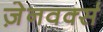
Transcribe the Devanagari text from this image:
ज़ेनवर्क्स